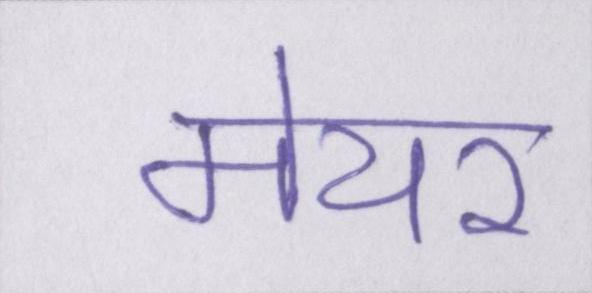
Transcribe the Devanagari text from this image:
मेयर